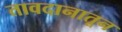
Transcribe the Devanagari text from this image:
तावदानातून